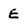
Character: E